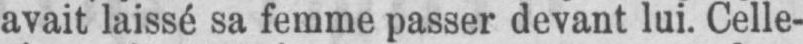
avait laissé sa femme passer devant lui. Celle-